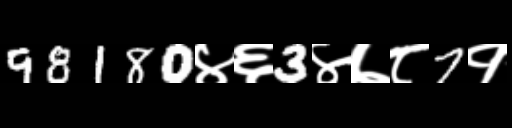
Text: 98180४६3४७८7१